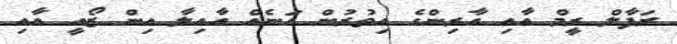
ރަފާލް ރީމް އާއި އާރިންގެ އިތުރުން އަނެއް އާއިލާ އިން ޒޯއީ އާއި